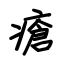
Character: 瘡